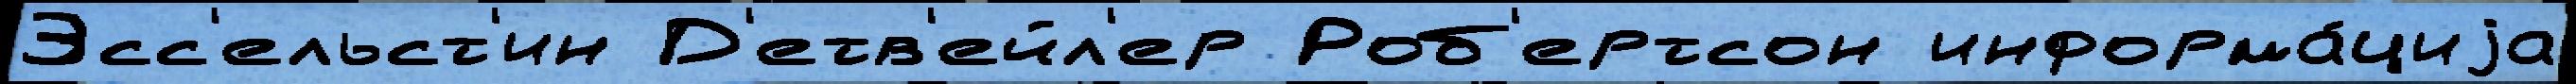
Эсс'ельст'ин Д'етв'ейл'ер Роб'ертсон информа́циjа